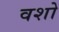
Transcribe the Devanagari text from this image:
वशो